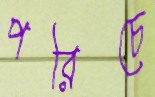
পরিচে